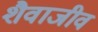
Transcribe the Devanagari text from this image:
शैवाजीव